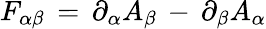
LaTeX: F_{\alpha\beta}\, =\, \partial_{\alpha}A_{\beta}\, -\, \partial_{\beta}A_{\alpha}